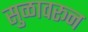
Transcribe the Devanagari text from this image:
सुळावरून